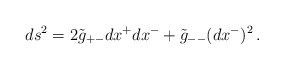
\begin{align*}ds^2=2\tilde g_{+-}dx^+dx^-+\tilde g_{--}(dx^-)^2\,.\end{align*}